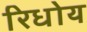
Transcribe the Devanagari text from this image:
रिधोय